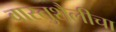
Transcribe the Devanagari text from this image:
वास्तुशैलीचा